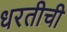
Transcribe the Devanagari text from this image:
धरतीची